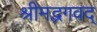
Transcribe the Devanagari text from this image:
श्रीमद्भगवद्